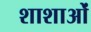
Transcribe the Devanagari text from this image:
शाशाओं